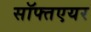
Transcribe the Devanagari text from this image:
सॉफ्तएयर